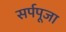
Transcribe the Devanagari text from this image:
सर्पपूजा